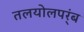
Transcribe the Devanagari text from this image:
तलयोलपर्ंब